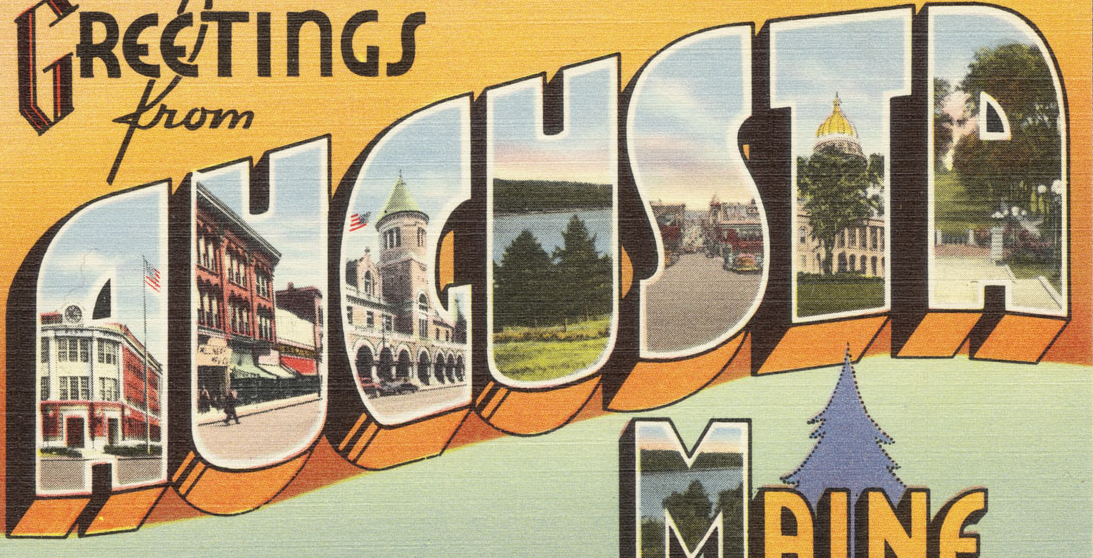
AUGUSTR